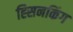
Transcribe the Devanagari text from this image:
ह्सिनकिंग